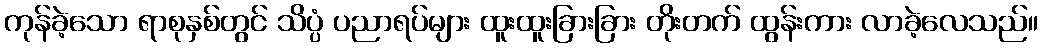
ကုန်ခဲ့သော ရာစုနှစ်တွင် သိပ္ပံ ပညာရပ်များ ထူးထူးခြားခြား တိုးတက် ထွန်းကား လာခဲ့လေသည်။